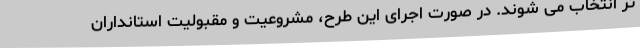
تر انتخاب می شوند. در صورت اجرای این طرح، مشروعیت و مقبولیت استانداران